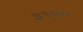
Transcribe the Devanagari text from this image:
३९७०